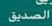
الصديق